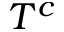
T ^ { c }